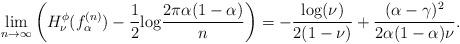
LaTeX: \begin{align*} \lim_{n \rightarrow \infty} \left(H^{\phi}_{\nu}(f^{(n)}_{\alpha}) - \frac{1}{2} {\rm log} \frac{2 \pi \alpha (1-\alpha)}{n} \right) = -\frac{{\rm log}(\nu)}{2(1-\nu)} + \frac{(\alpha-\gamma)^2}{2\alpha (1-\alpha)\nu}. \end{align*}